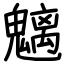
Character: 魑